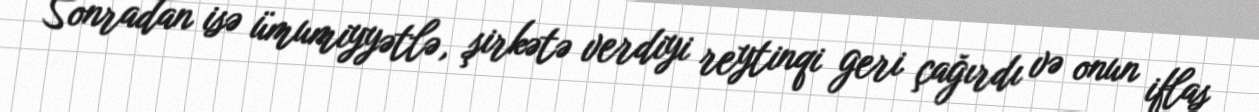
Sonradan isə ümumiyyətlə, şirkətə verdiyi reytinqi geri çağırdı və onun iflas